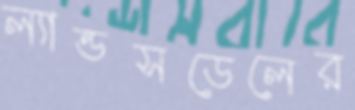
ল্যান্ডসডেলের